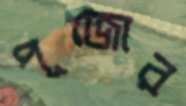
পূজোর